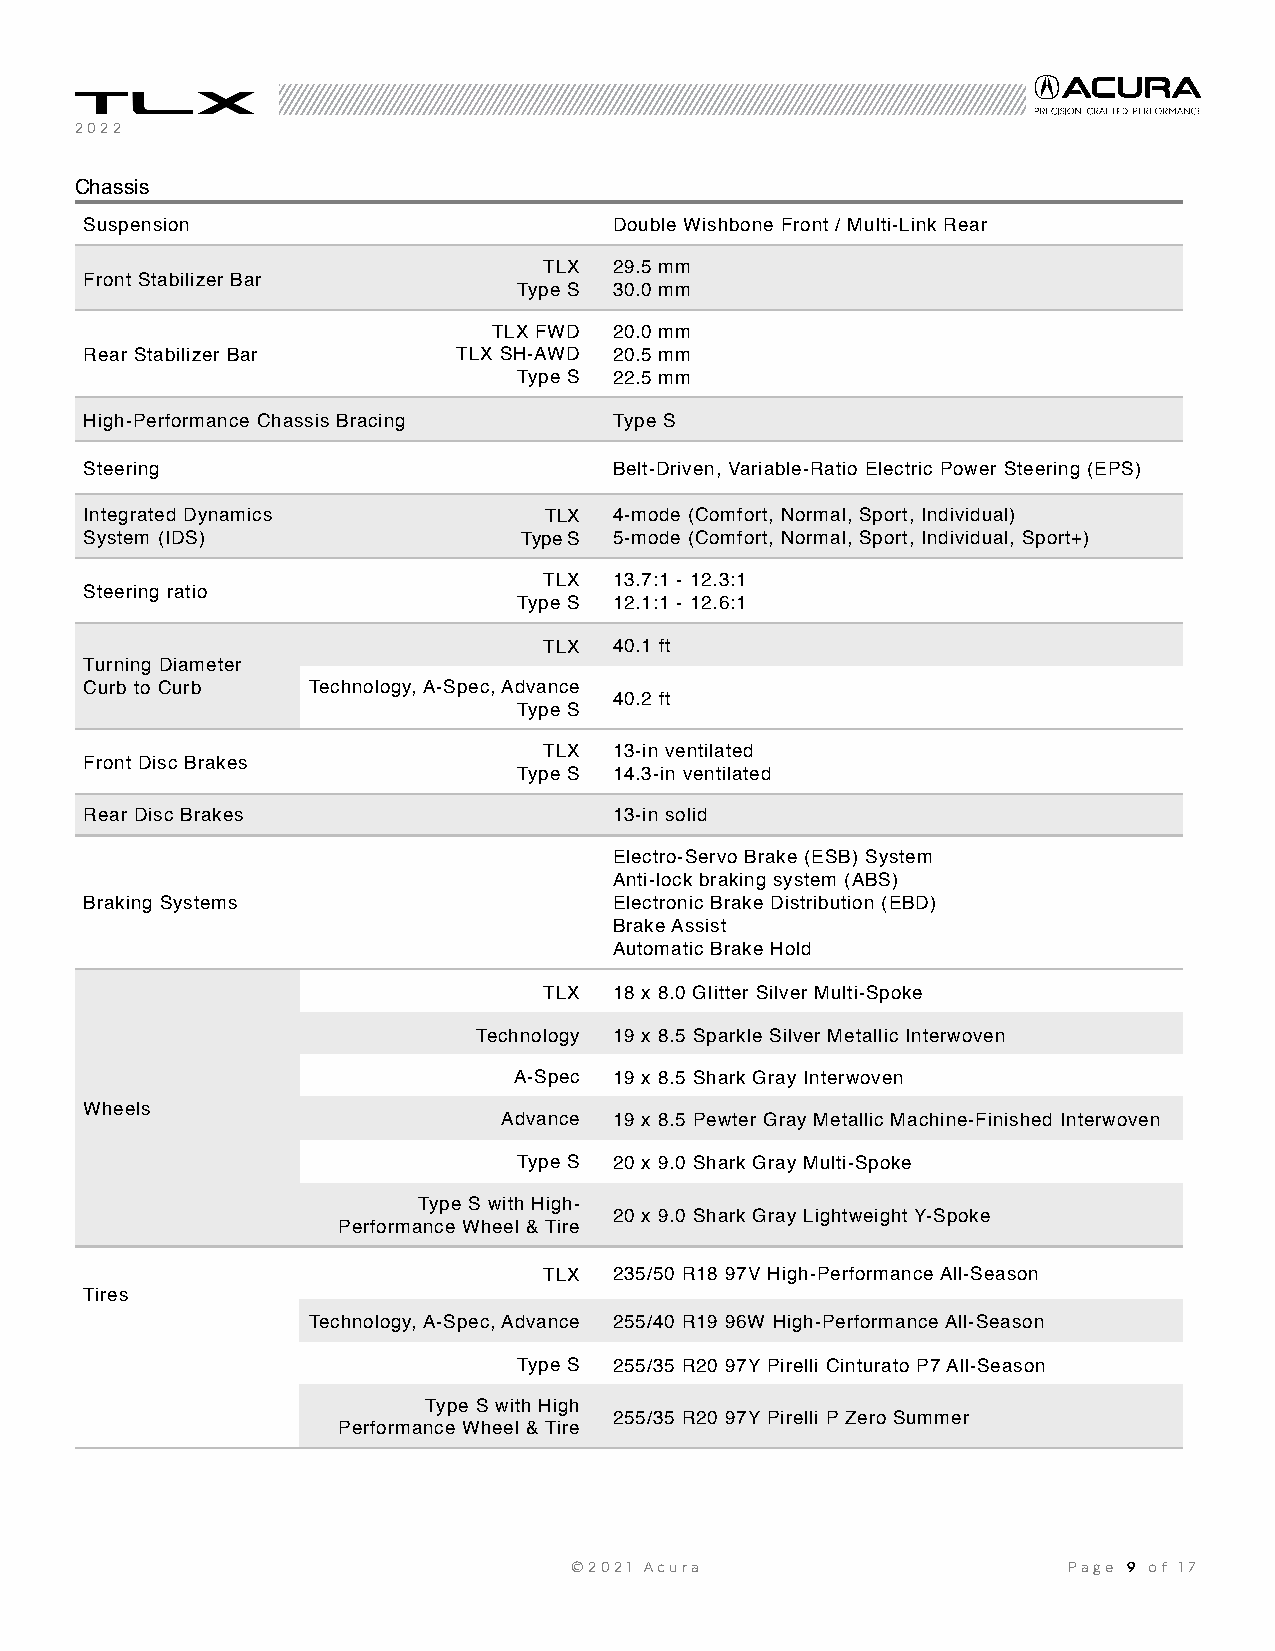
2022
 Chassis
 Suspension                         Double Wishbone Front / Multi-Link Rear
 TLX  29.5 mm
 Front Stabilizer Bar
 Type S 30.0 mm
 TLX FWD 20.0 mm
 Rear Stabilizer Bar     TLX SH-AWD 20.5 mm
 Type S 22.5 mm
 High-Performance Chassis Bracing   Type S
 Steering                           Belt-Driven, Variable-Ratio Electric Power Steering (EPS)
 Integrated Dynamics           TLX  4-mode (Comfort, Normal, Sport, Individual)
 System (IDS)                 Type S 5-mode (Comfort, Normal, Sport, Individual, Sport+)
 TLX  13.7:1 - 12.3:1
 Steering ratio
 Type S 12.1:1 - 12.6:1
 TLX  40.1 ft
 Turning Diameter
 Curb to Curb  Technology, A-Spec, Advance
 40.2 ft
 Type S
 TLX  13-in ventilated
 Front Disc Brakes
 Type S 14.3-in ventilated
 Rear Disc Brakes                   13-in solid
 Electro-Servo Brake (ESB) System
 Anti-lock braking system (ABS)
 Braking Systems                    Electronic Brake Distribution (EBD)
 Brake Assist
 Automatic Brake Hold
 TLX  18 x 8.0 Glitter Silver Multi-Spoke
 Technology 19 x 8.5 Sparkle Silver Metallic Interwoven
 A-Spec 19 x 8.5 Shark Gray Interwoven
 Wheels
 Advance 19 x 8.5 Pewter Gray Metallic Machine-Finished Interwoven
 Type S 20 x 9.0 Shark Gray Multi-Spoke
 Type S with High-
 20 x 9.0 Shark Gray Lightweight Y-Spoke
 Performance Wheel & Tire
 TLX  235/50 R18 97V High-Performance All-Season
 Tires
 Technology, A-Spec, Advance 255/40 R19 96W High-Performance All-Season
 Type S 255/35 R20 97Y Pirelli Cinturato P7 All-Season
 Type S with High
 255/35 R20 97Y Pirelli P Zero Summer
 Performance Wheel & Tire
 ©2021 Acura                      Page 9 of 1 7